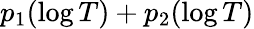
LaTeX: p_{1}(\log T)+p_{2}(\log T)